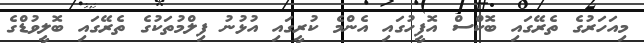
މިއަހަރުގެ ތެރޭގައި ބޮކްސް އޮފީހުގައި އެންމެ ކުރީގައި އުޅުނު ފިލްމުތަކުގެ ތެރޭގައި ބޮލީވުޑްގެ